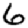
Digit: 6